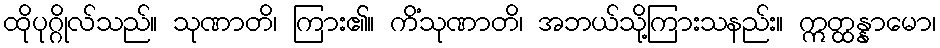
ထိုပုဂ္ဂိုလ်သည်။ သုဏာတိ၊ ကြား၏။ ကိံသုဏာတိ၊ အဘယ်သို့ကြားသနည်း။ ဣတ္ထန္နာမော၊